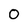
Character: 0